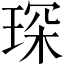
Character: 琛